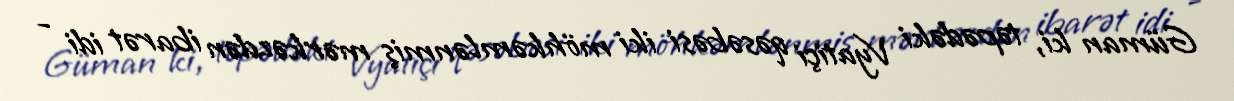
Güman ki, təpədəki Vyatiçi qəsəbəsi iki möhkəmlənmiş mərkəzdən ibarət idi -